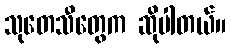
သုတေသီတွေက ဆိုပါတယ်။